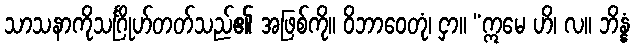
သာသနာကိုသင်္ဂြိုဟ်တတ်သည်၏ အဖြစ်ကို။ ဝိဘာဝေတုံ၊ ငှာ။ “ဣမေ ဟိ၊ လ။ ဘိန္နံ